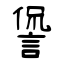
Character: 諐